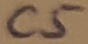
Text: C5